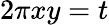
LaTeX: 2\pi xy=t